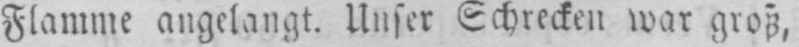
Flamme angelangt. Unser Schrecken war groß,